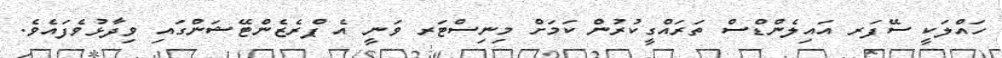
ހައްލަކީ ސޭފަރ އައިލެންޑްސް ތަރައްގީކުރުން ކަމަށް މިނިސްޓަރ ވަނީ އެ ޕްރެޒެންޓޭޝަންގައި ވިދާޅުވެފައެވެ.